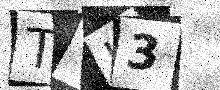
Text: TTI3